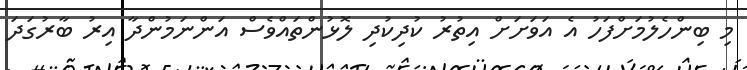
މި ބިންހެލުމަށްފަހު އެ އަވަށަށް އިތުރު ކުދިކުދި ލޮޅުންތައްވެސް އަންނަމުންދާ އިރު ބާރުގަދަ